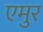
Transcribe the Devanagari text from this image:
एमुर